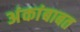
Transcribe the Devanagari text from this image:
अंकांबाबत